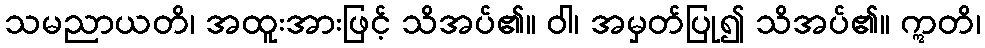
သမညာယတိ၊ အထူးအားဖြင့် သိအပ်၏။ ဝါ၊ အမှတ်ပြု၍ သိအပ်၏။ ဣတိ၊